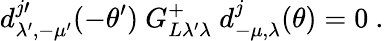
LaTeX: d_{\lambda^{\prime},-\mu^{\prime}}^{j\prime}(-\theta^{\prime})\ G_{L\lambda^{\prime}\lambda}^{+}\ d_{-\mu,\lambda}^{j}(\theta)=0\ .